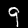
Digit: 9